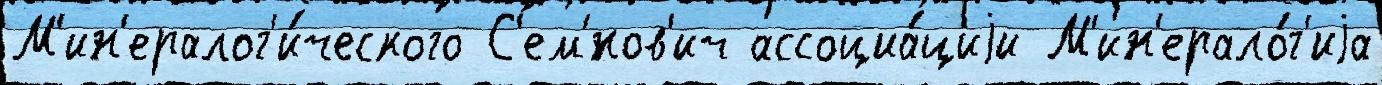
М'ин'ералог'и́ческого С'ем'́нов'ич ассоциа́циjи М'ин'ерало́г'иjа